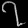
Digit: ၇